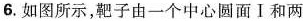
6.如图所示，靶子由一个中心圆面Ⅰ和两